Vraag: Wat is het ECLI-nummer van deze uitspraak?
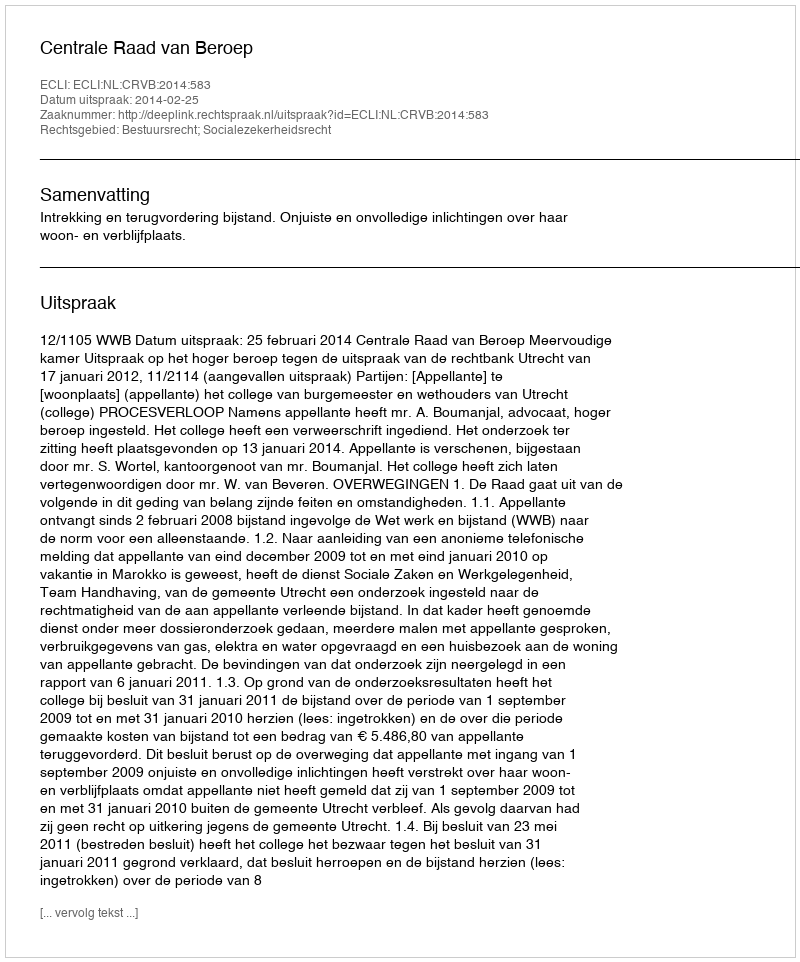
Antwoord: ECLI:NL:CRVB:2014:583